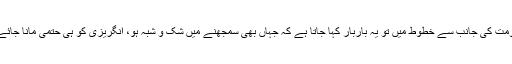
حکومت کی جانب سے خطوط میں تو یہ باربار کہا جاتا ہے کہ جہاں بھی سمجھنے میں شک و شبہ ہو، انگریزی کو ہی حتمی مانا جائے گا۔